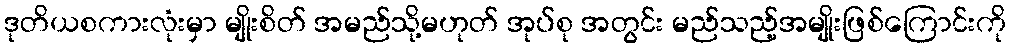
ဒုတိယစကားလုံးမှာ မျိုးစိတ် အမည်သို့မဟုတ် အုပ်စု အတွင်း မည်သည့်အမျိုးဖြစ်ကြောင်းကို